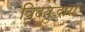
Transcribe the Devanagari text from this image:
विदयुद्धारा